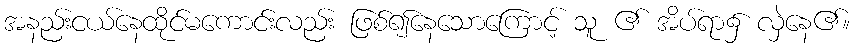
အနည်းငယ်နေထိုင်မကောင်းလည်း ဖြစ်၍နေသောကြောင့် သူ ၏ အိပ်ရာ၌ လှဲနေ၏။